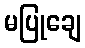
မပြုချေ